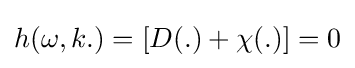
h(\omega ,k.)=[D(.)+\chi (.)]=0